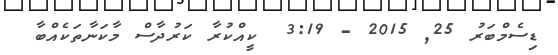
ޑިސެމްބަރު 25